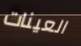
العينات